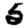
Digit: 5